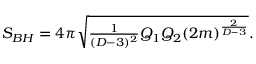
S _ { B H } = 4 \pi \sqrt { { \textstyle { \frac { 1 } { ( D - 3 ) ^ { 2 } } } } Q _ { 1 } Q _ { 2 } { ( 2 m ) } ^ { \frac { 2 } { D - 3 } } } .